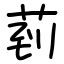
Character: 菿